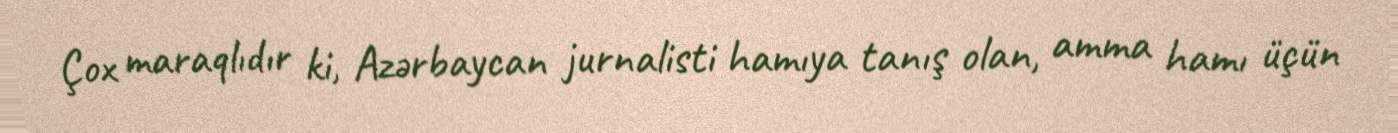
Çox maraqlıdır ki, Azərbaycan jurnalisti hamıya tanış olan, amma hamı üçün